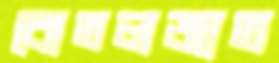
বোতলজাত